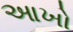
આખો